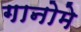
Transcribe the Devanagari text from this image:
गानोमे